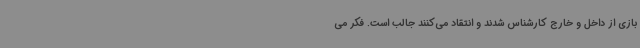
بازی از داخل و خارج کارشناس شدند و انتقاد می‌کنند جالب است. فکر می